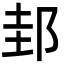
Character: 邽